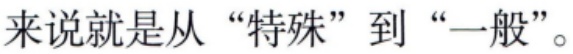
来说就是从“特殊”到“一般”。